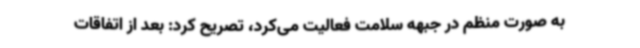
به صورت منظم در جبهه سلامت فعالیت می‌کرد، تصریح کرد: بعد از اتفاقات